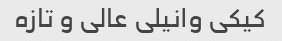
کیکی وانیلی عالی و تازه